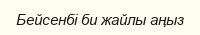
Бейсенбі би жайлы аңыз